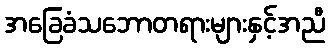
အခြေခံသဘောတရားများနှင့်အညီ